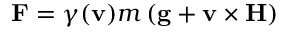
\mathbf { F } = \gamma ( \mathbf { v } ) m \left( \mathbf { g } + \mathbf { v } \times \mathbf { H } \right)